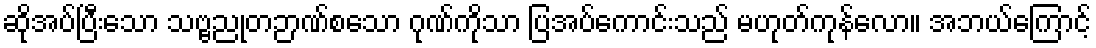
ဆိုအပ်ပြီးသော သဗ္ဗညုတဉာဏ်စသော ဂုဏ်ကိုသာ ပြအပ်ကောင်းသည် မဟုတ်ကုန်လော။ အဘယ်ကြောင့်